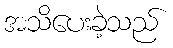
အသိပေးခဲ့သည်